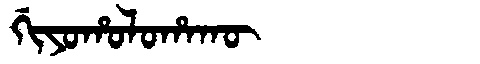
Manchu: ᡤᡳᠶᠣᡥᠣᠯᠣᡥᠠᡴᡡ
Romanization: GIYOHOLOHAKŪ